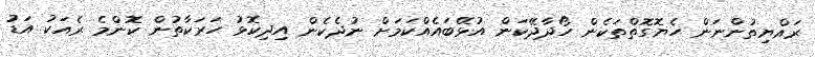
ރައްޔިތުންނަން ހެޔޮގޮތްތަކެން ހޯދާދޭކަން އުޅޭބައެއްކަމަށް ނުދެކެން އިދިކޮޅު ހަރަކާތުން ކޮންމެ ރެއަކު އަޑު